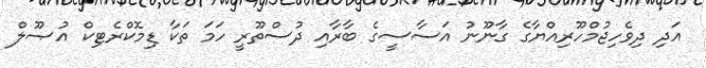
އަދި ދިވެހިޖުމްހޫރިއްޔާގެ ގާނޫނު އަސާސީގެ ބާރާއި ދުސްތޫރީ ހަމަ ތަކާ ޑިމޮކްރެޓިކް އުޞޫލް